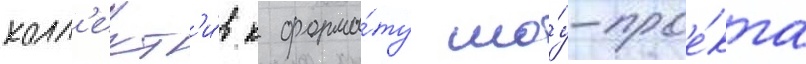
колл'ект'и́в к форма́ту шо́у-прое́кта